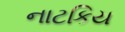
નાટકિય